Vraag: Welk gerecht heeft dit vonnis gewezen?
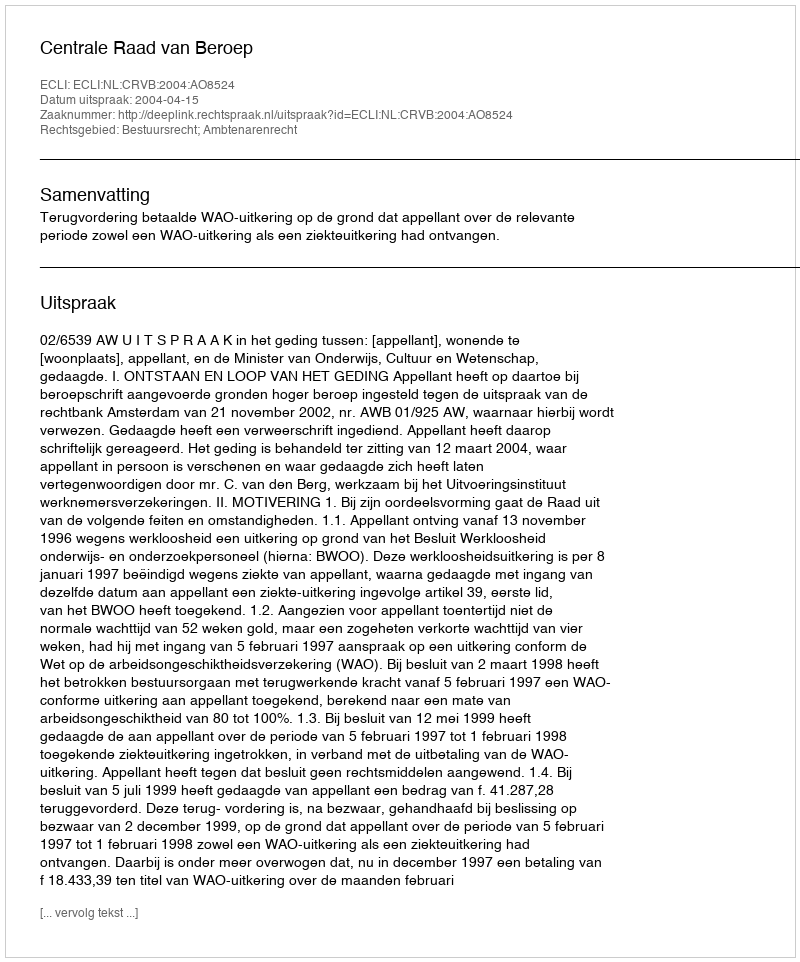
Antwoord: Centrale Raad van Beroep